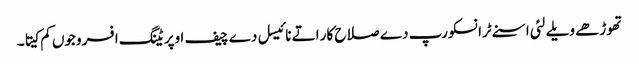
تھوڑھے ویلے لئی اسنے ٹرانسکورپ دے صلاح کار اتے نائیسل دے چیف اوپریٹنگ افسر وجوں کم کیتا۔